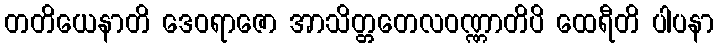
တတိယေနာတိ ဒေဝရာဇော အာသိတ္တတေလဝဏ္ဏာတိပိ ထေရီတိ ပါပနာ